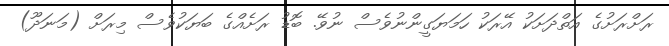
ރަށްރަށުގެ އަތްދަށަކު އޭރަކު ހަމަޔަގީންނުވެސް ނުވޭ. ބޮޑު ރަށެއްގެ ބަޔަކުވެސް މިރަށް (މަނަދޫ)